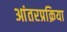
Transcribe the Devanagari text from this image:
आंतरप्रक्रिया